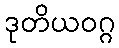
ဒုတိယဝဂ္ဂ